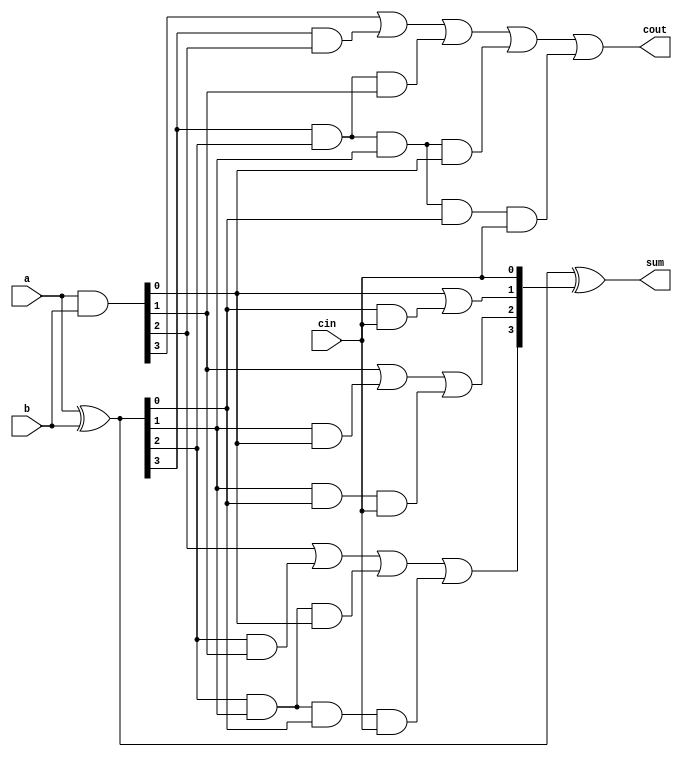
module CLA_4bit (
    input [3:0] a,
    input [3:0] b,
    input cin,
    output [3:0] sum,
    output cout
);

    wire [3:0] p, g, c;

    // Gi = A.B
    // Pi = (A^B)
    // Carry = Gi + Pi.Cin

    assign p = a ^ b; // Carry Propagate
    assign g = a & b; // Carry Generate

    assign c[0] = cin;
    assign c[1] = g[0] | (p[0]&c[0]);
    assign c[2] = g[1] | (p[1]&g[0]) | p[1]&p[0]&c[0];
    assign c[3] = g[2] | (p[2]&g[1]) | p[2]&p[1]&g[0] | p[2]&p[1]&p[0]&c[0];

    assign cout = g[3] | (p[3]&g[2]) | p[3]&p[2]&g[1] | p[3]&p[2]&p[1]&g[0] | p[3]&p[2]&p[1]&p[0]&c[0];
    assign sum = p ^ c;

endmodule